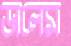
ডালেম